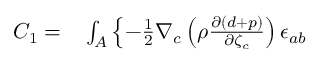
\begin{array} { r l } { C _ { 1 } = } & { { } \int _ { A } \left\{ - \frac { 1 } { 2 } \nabla _ { c } \left( \rho \frac { \partial ( d + p ) } { \partial { \zeta } _ { c } } \right) \epsilon _ { a b } \right. } \end{array}